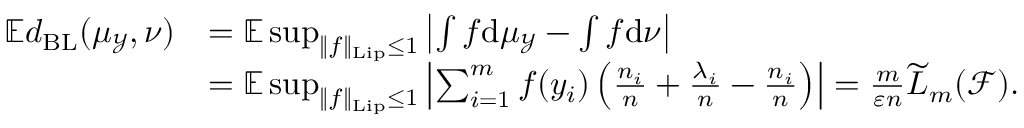
\begin{array} { r l } { \mathbb E d _ { \mathrm { B L } } ( \mu _ { \mathcal { Y } } , \nu ) } & { = \mathbb E \operatorname* { s u p } _ { \| f \| _ { \mathrm { L i p } } \leq 1 } \left| \int f \mathrm { d } \mu _ { \mathcal { Y } } - \int f \mathrm { d } \nu \right| } \\ & { = \mathbb E \operatorname* { s u p } _ { \| f \| _ { \mathrm { L i p } } \leq 1 } \left| \sum _ { i = 1 } ^ { m } f ( y _ { i } ) \left( \frac { n _ { i } } { n } + \frac { \lambda _ { i } } { n } - \frac { n _ { i } } { n } \right) \right| = \frac { m } { \varepsilon n } \widetilde L _ { m } ( \mathcal F ) . } \end{array}